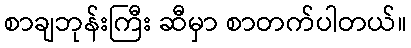
စာချဘုန်းကြီး ဆီမှာ စာတက်ပါတယ်။